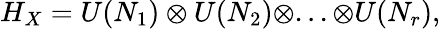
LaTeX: H_{X}=U(N_{1})\otimes U(N_{2})\otimes...\otimes U(N_{r}),